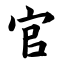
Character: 官